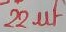
Text: 22µF